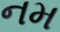
નમ